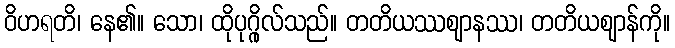
ဝိဟရတိ၊ နေ၏။ သော၊ ထိုပုဂ္ဂိုလ်သည်။ တတိယဿဈာနဿ၊ တတိယဈာန်ကို။